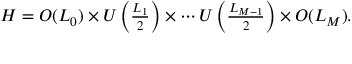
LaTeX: H = O ( L _ { 0 } ) \times U \left( { \textstyle \frac { L _ { 1 } } { 2 } } \right) \times \cdots U \left( { \textstyle \frac { L _ { M - 1 } } { 2 } } \right) \times O ( L _ { M } ) .